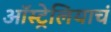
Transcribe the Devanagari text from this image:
ऑस्ट्रेलियाचं